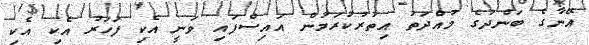
އޭނާގެ ބަންދުގެ މުއްދަތު އިތުރުކުރަމުން އައިސްފައި ވަނީ އެކި ފަހަރު އެކި އެކި